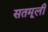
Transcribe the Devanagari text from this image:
सतमूली